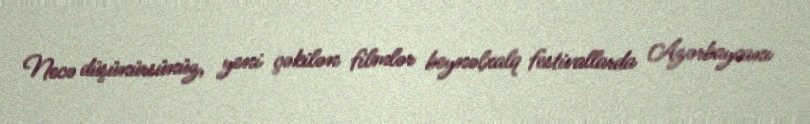
Necə düşünürsünüz, yeni çəkilən filmlər beynəlxalq festivallarda Azərbaycanı